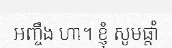
អញ្ចឹង ហា។ ខ្ញុំ សូមផ្តាំ